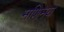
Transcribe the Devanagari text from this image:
मणिमय